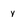
Character: y